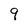
Character: 9